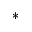
^ { * }